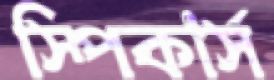
স্পিকার্স